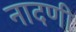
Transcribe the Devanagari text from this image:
नादणी